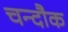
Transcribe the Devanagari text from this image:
चन्दौक